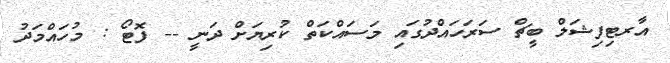
އާރޓިފިޝަލް ބީޗް ސަރަހައްދުގައި މަސައްކަތް ކުރިޔަށް ދަނީ -- ފޮޓޯ : މުހައްމަދު